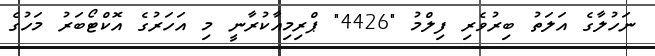
ނަހުލާގެ އަލަތު ބިރުވެރި ފިލްމު "4426" ޕްރިމިއާކުރާނީ މި އަހަރުގެ އޮކްޓޯބަރު މަހުގެ